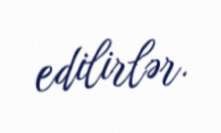
edilirlər.